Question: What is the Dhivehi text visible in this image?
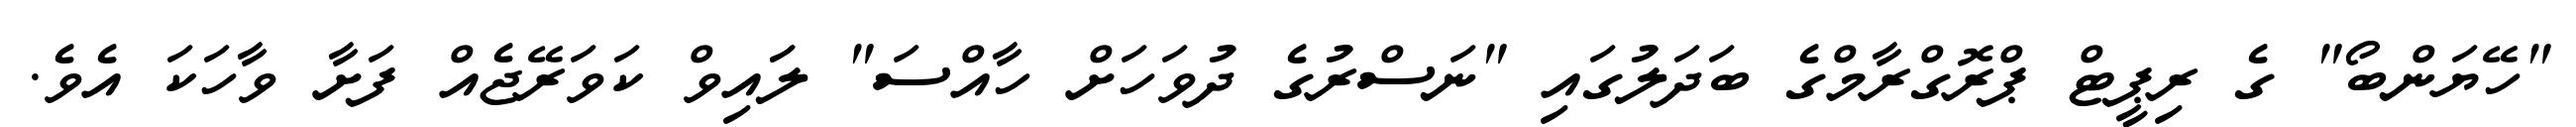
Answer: "ހޭޔަންބޯ" ގެ ރިޕީޓް ޕްރޮގްރާމްގެ ބަދަލުގައި "ނަސްރުގެ ދުވަހަށް ހާއްސަ" ލަައިވް ކަވަރޭޖެއް ފަށާ ވާހަކަ އެވެ.